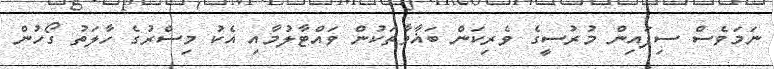
ނަމަވެސް ސިފައިން މުރުސީގެ ވެރިކަން ބަޣާވާތަކުން ވައްޓާލުމާއި އެކު މިސްރުގެ ހާލަތު ގޯހުން